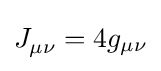
J_{\mu \nu }^{}=4g_{\mu \nu }